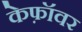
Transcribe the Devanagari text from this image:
केफ़ॉवर